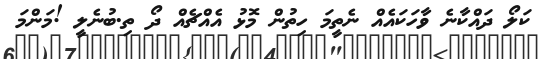
ކަލޯ ދައްކާނެ ވާހަކައެއް ނެތީމަ ހިތުން މޮޅު އެއްޗެއް ދޯ ތި.ބުނެލީ !މަންމަ